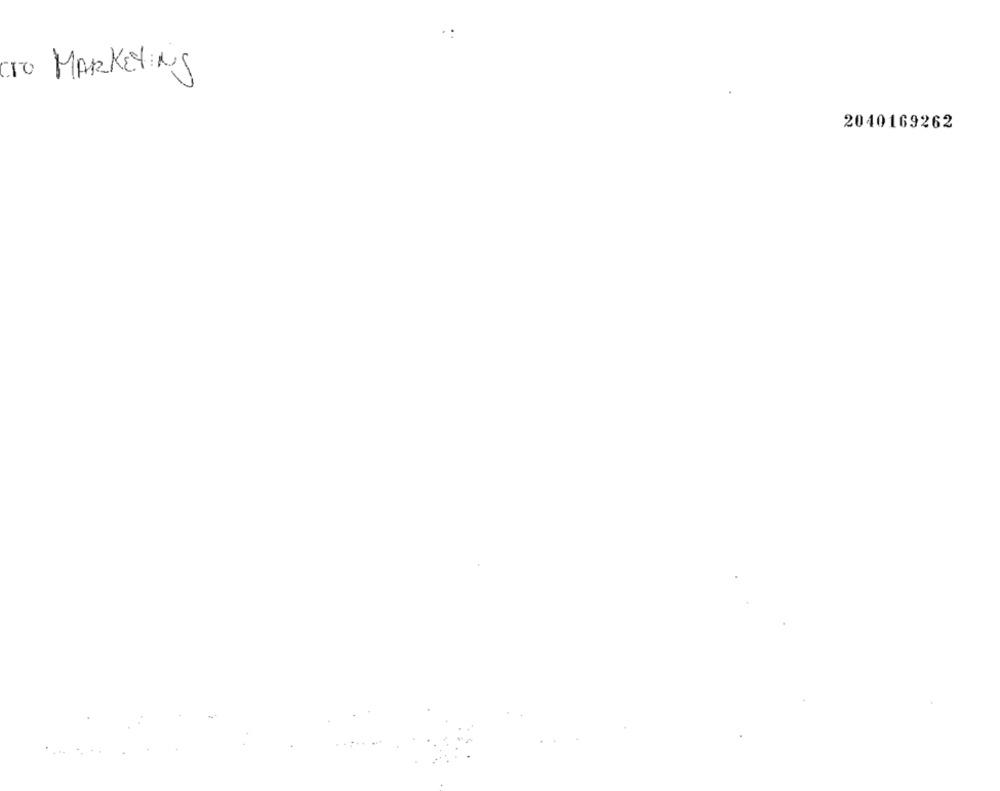
.:
To MARKETING
2040169262